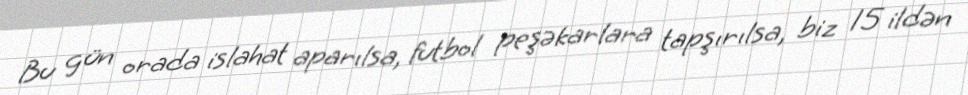
Bu gün orada islahat aparılsa, futbol peşəkarlara tapşırılsa, biz 15 ildən